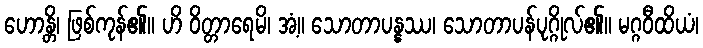
ဟောန္တိ၊ ဖြစ်ကုန်၏။ ဟိ ဝိတ္တာရေမိ၊ အံ့။ သောတာပန္နဿ၊ သောတာပန်ပုဂ္ဂိုလ်၏။ မဂ္ဂဝီထိယံ၊